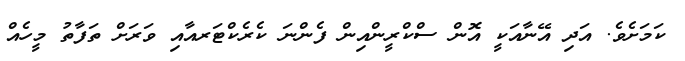
ކަމަށެވެ. އަދި އޭނާއަކީ އޮން ސްކްރީންއިން ފެންނަ ކެރެކްޓަރއާއި ވަރަށް ތަފާތު މީހެއް